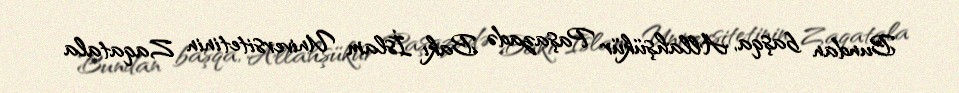
Bundan başqa, Allahşükür Paşazadə Bakı İslam Universitetinin Zaqatala